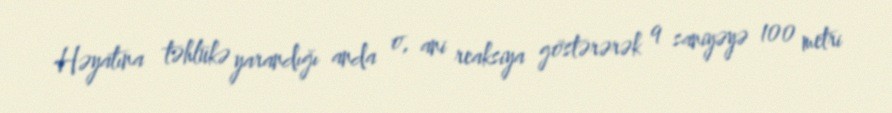
Həyatına təhlükə yarandığı anda o, ani reaksiya göstərərək 9 saniyəyə 100 metri